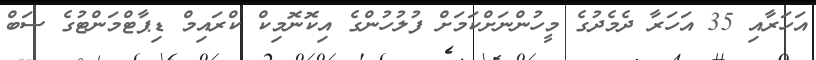
އަހަރާއި 35 އަހަރާ ދެމެދުގެ މީހުންނަށްކަމަށް ފުލުހުންގެ އިކޮނޮމިކް ކްރައިމް ޑިޕާޓްމަންޓުގެ ސަބް